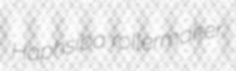
Haphsiba rollermaker